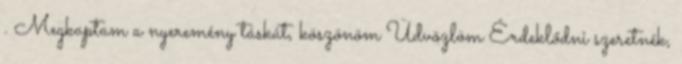
. Megkaptam a nyeremény táskát, köszönöm Üdvözlöm Érdeklődni szeretnék,